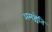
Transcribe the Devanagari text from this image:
अमश्चेति